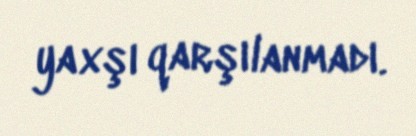
yaxşı qarşılanmadı.